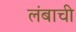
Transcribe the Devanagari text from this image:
लंबाची